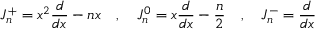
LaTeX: J _ { n } ^ { + } = x ^ { 2 } { \frac { d } { d x } } - n x \quad , \quad J _ { n } ^ { 0 } = x { \frac { d } { d x } } - { \frac { n } { 2 } } \quad , \quad J _ { n } ^ { - } = { \frac { d } { d x } }